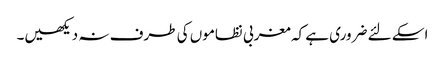
اسکے لئے ضروری ہے کہ مغربی نظاموں کی طرف نہ دیکھیں۔